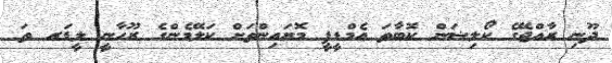
ދޫނި ރާއްޖޭގެ ކޯލިޟަން ކޮބާތަ އެމްޑީޕީ މޮޔައިންތަށް ކަލޭމެންގެ ރޫހާނީ ލީޑަރ ތަ